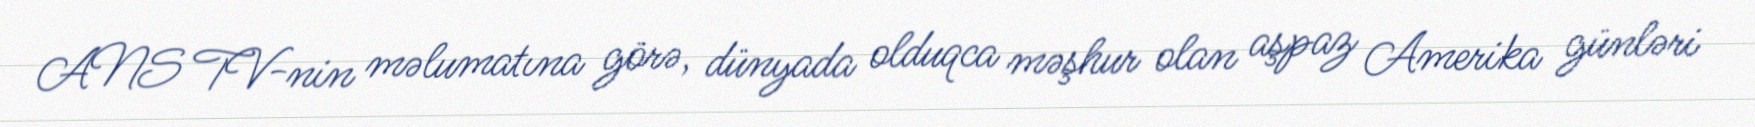
ANS TV-nin məlumatına görə, dünyada olduqca məşhur olan aşpaz Amerika günləri